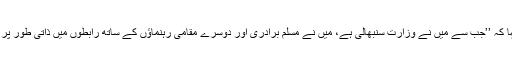
جانسن نے کہا کہ ’’جب سے میں نے وزارت سنبھالی ہے، میں نے مسلم برادری اور دوسرے مقامی رہنماؤں کے ساتھ رابطوں میں ذاتی طور پر حصہ لیا ہے۔